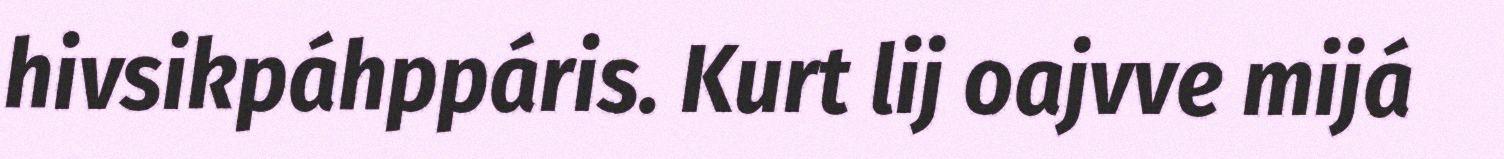
hivsikpáhppáris. Kurt lij oajvve mijá